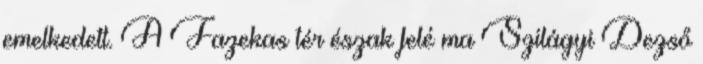
emelkedett. A Fazekas tér észak felé ma Szilágyi Dezső